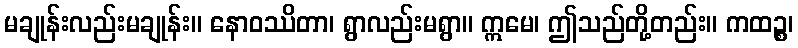
မချုန်းလည်းမချုန်း။ နောဝဿိတာ၊ ရွာလည်းမရွာ။ ဣမေ၊ ဤသည်တို့တည်း။ ကထဉ္စ၊